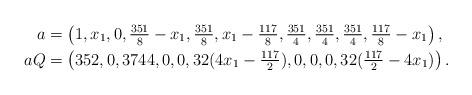
LaTeX: \begin{align*}a&=\left(1, x_1, 0, \tfrac{351}{8} - x_1, \tfrac{351}{8}, x_1-\tfrac{117}{8}, \tfrac{351}{4}, \tfrac{351}{4}, \tfrac{351}{4}, \tfrac{117}{8} - x_1\right),\\aQ&=\left(352, 0, 3744, 0, 0, 32 (4x_1-\tfrac{117}{2}),0,0,0,32(\tfrac{117}{2}-4x_1)\right).\end{align*}